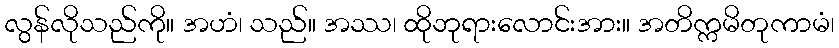
လွန်လိုသည်ကို။ အဟံ၊ သည်။ အဿ၊ ထိုဘုရားလောင်းအား။ အတိက္ကမိတုကာမံ၊